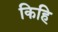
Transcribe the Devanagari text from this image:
किहि